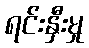
ရင်းနှီးမှု